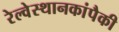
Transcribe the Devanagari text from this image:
रेल्वेस्थानकांपैकी